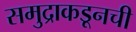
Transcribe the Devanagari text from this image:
समुद्राकडूनची